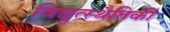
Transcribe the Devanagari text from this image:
विद्युत्स्थैतिकी